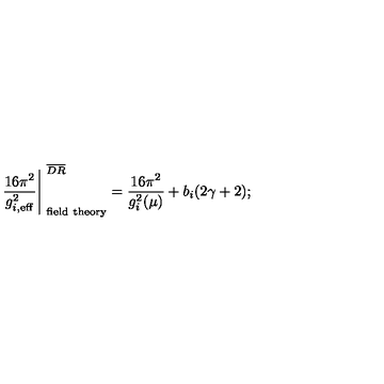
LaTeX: \left. { \frac { 1 6 \pi ^ { 2 } } { g _ { i , \mathrm { e f f } } ^ { 2 } } } \right\vert _ { \mathrm { \ f i e l d \ t h e o r y } } ^ { \ \overline { { D R } } } = \frac { 1 6 \pi ^ { 2 } } { g _ { i } ^ { 2 } ( \mu ) } + b _ { i } ( 2 \gamma + 2 ) ;